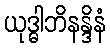
ယုဒ္ဓါဘိနန္ဒိနံ